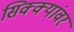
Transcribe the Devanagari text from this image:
सिक्क्यांवर